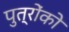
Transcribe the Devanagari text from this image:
पुत्राेंकाे